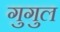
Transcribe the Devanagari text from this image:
गुगुल